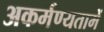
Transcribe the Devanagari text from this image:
अकर्मण्यतामें